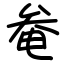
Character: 奙